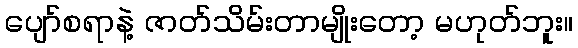
ပျော်စရာနဲ့ ဇာတ်သိမ်းတာမျိုးတော့ မဟုတ်ဘူး။